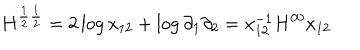
H ^ { \frac { 1 } { 2 } \frac { 1 } { 2 } } = 2 \log x _ { 1 2 } + \log \partial _ { 1 } \partial _ { 2 } = x _ { 1 2 } ^ { - 1 } H ^ { 0 0 } x _ { 1 2 }